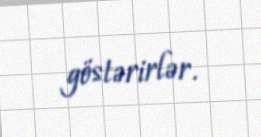
göstərirlər.